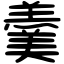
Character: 羹